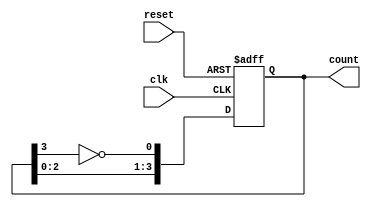
module johnson_counter #(
    parameter WIDTH = 4  // Bit width of the counter (must be even)
) (
    input wire clk,      // Clock signal
    input wire reset,    // Asynchronous reset
    output reg [WIDTH-1:0] count // Current state of the counter
);

    // Always block triggered on the rising edge of the clock or on reset
    always @(posedge clk or posedge reset) begin
        if (reset) begin
            count <= 0; // Reset the counter to 0
        end else begin
            // Johnson Counter logic
            count <= {count[WIDTH-2:0], ~count[WIDTH-1]}; // Shift and feedback
        end
    end

endmodule